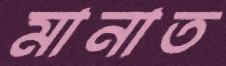
মানাত